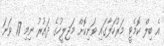
އެ ބިލް ކޮމެޓީ މަރުހަލާގައި ވަނިކޮށް މަޖިލީހުގެ ދައުރު ނިމި 17 ވަނަ